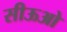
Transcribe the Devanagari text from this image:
सीऊओ